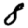
Digit: 8